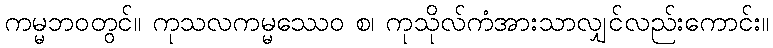
ကမ္မဘဝတွင်။ ကုသလကမ္မဿေဝ စ၊ ကုသိုလ်ကံအားသာလျှင်လည်းကောင်း။